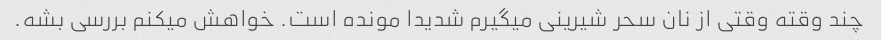
چند وقته وقتی از نان سحر شیرینی میگیرم شدیدا مونده است. خواهش میکنم بررسی بشه.